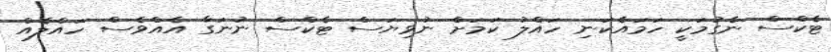
ޓެކްސް ނެގުމަކީ ހަމައެކަނި ހައްލު ކަމަށް ނުވިޔަސް ޓެކްސް ނުނަގާ އެއްވެސް ހައްލެއް